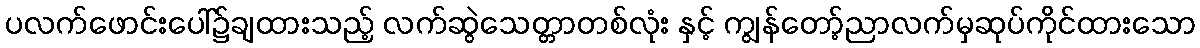
ပလက်ဖောင်းပေါ်၌ချထားသည့် လက်ဆွဲသေတ္တာတစ်လုံး နှင့် ကျွန်တော့်ညာလက်မှဆုပ်ကိုင်ထားသော